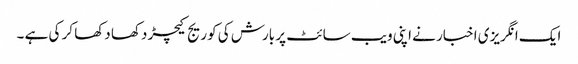
ایک انگریزی اخبار نے اپنی ویب سائٹ پر بارش کی کوریج کیچڑ دکھا دکھا کر کی ہے ۔